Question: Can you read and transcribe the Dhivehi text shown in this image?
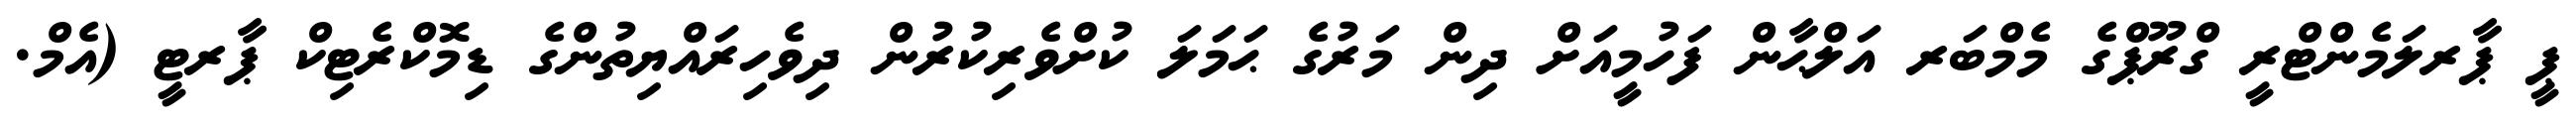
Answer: ޕީ ޕާރލަމެންޓްރީ ގްރޫޕްގެ މެމްބަރ އަލްޙާން ފަހުމީއަށް ދިން މަރުގެ ޙަމަލަ ކުށްވެރިކުރުން ދިވެހިރައްޔިތުންގެ ޑިމޮކްރެޓިކް ޕާރޓީ (އެމް.